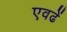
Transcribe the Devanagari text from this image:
एवढें